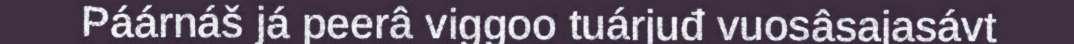
Páárnáš já peerâ viggoo tuárjuđ vuosâsajasávt